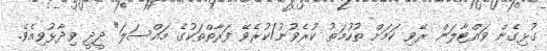
ގުޅިގެން ވައްޓާލަން ރޭވި ކަމަށް ތުހުމަތު ކުރެވުނު/ކުރެވޭ ފަރާތްތަކުގެ މައްސަލަ" ދީދީ ވިދާޅުވިއެވެ.